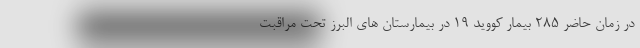
در زمان حاضر ۲۸۵ بیمار کووید ۱۹ در بیمارستان های البرز تحت مراقبت